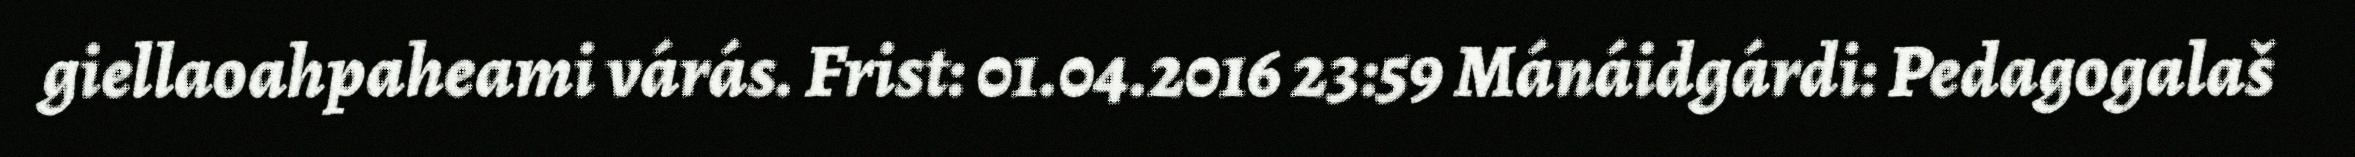
giellaoahpaheami várás. Frist: 01.04.2016 23:59 Mánáidgárdi: Pedagogalaš